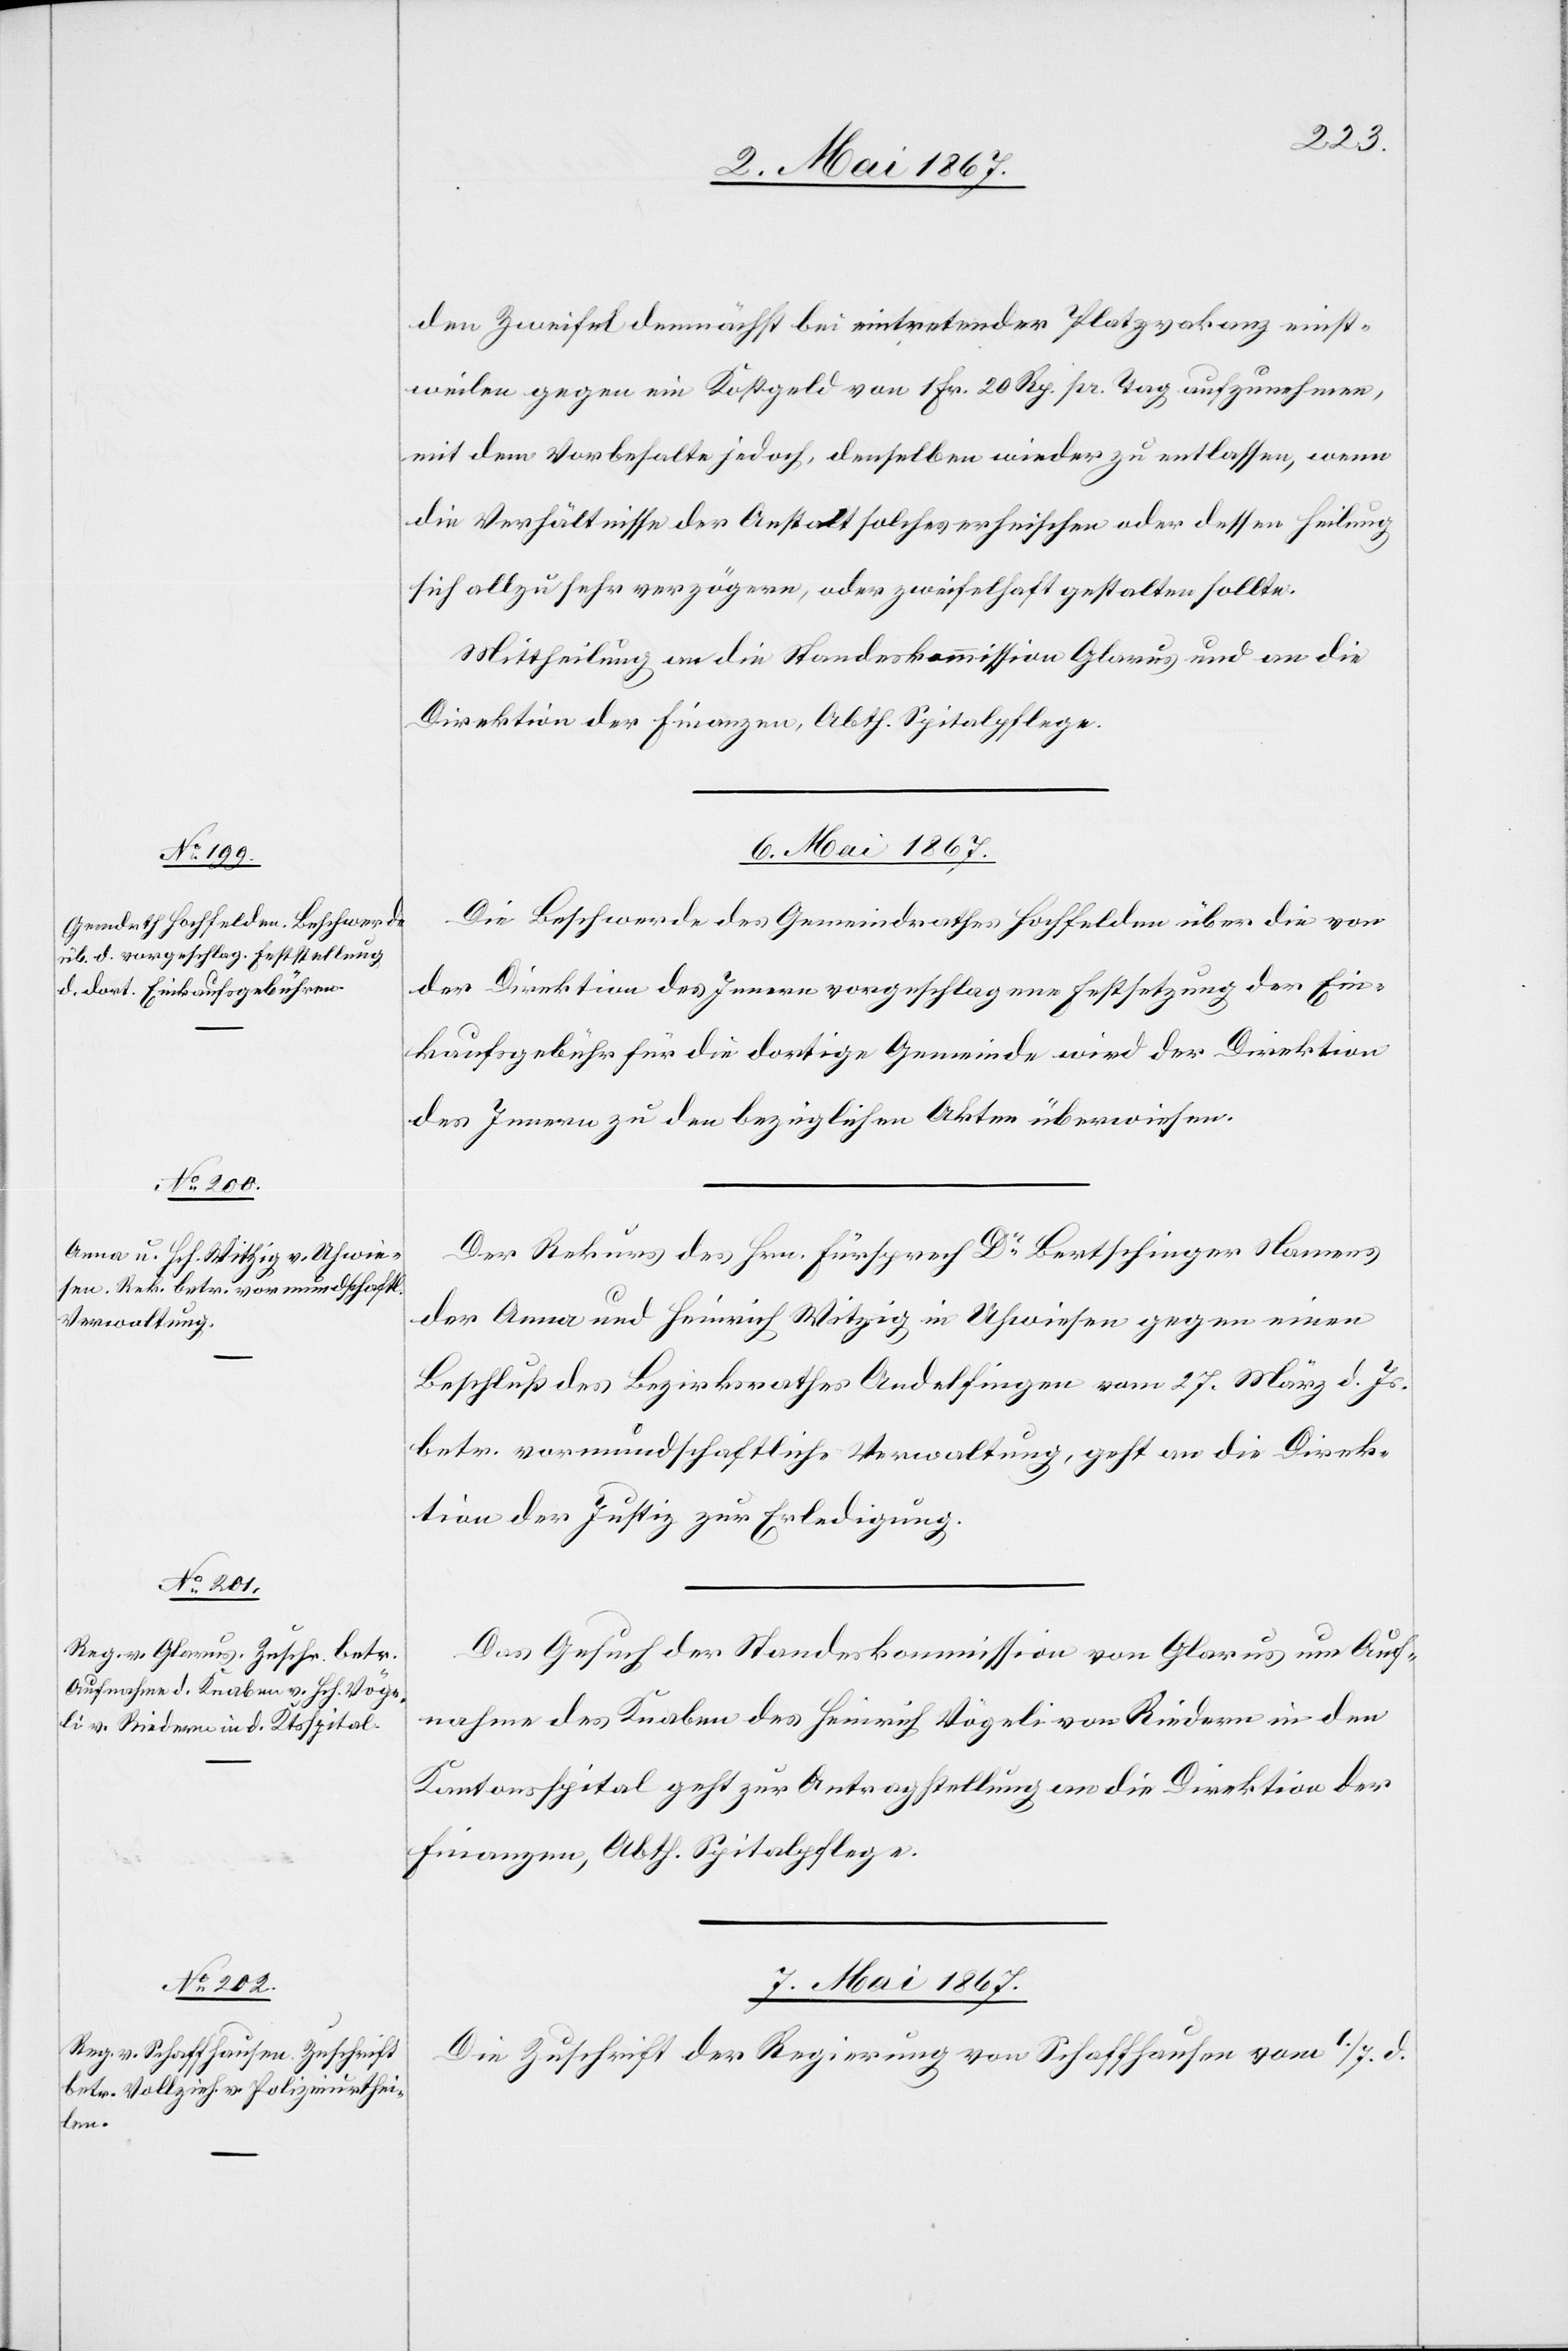
den Zweifel demnächst bei eintretender Platzvakanz einst¬
weilen gegen ein Kostgeld von 1 Fr. 20 Rp. pr. Tag aufzunehmen,
mit dem Vorbehalte jedoch, denselben wieder zu entlassen, wenn
die Verhältnisse der Anstalt solches erheischen oder dessen Heilung
sich allzu sehr verzögere, oder zweifelhaft gestalten sollte.
Mittheilung an die Standeskommission Glarus und an die
Direktion der Finanzen, Abth. Spitalpflege.
6. Mai 1867.]
Die Beschwerde des Gemeindrathes Hochfelden über die von
der Direktion des Innern vorgeschlagene Festsetzung der Ein¬
kaufsgebühr für die dortige Gemeinde wird der Direktion
des Innern zu den bezüglichen Akten überwiesen.
Der Rekurs des Hrn. Fürsprech Dr. Bertschinger Namens
der Anna und Heinrich Witzig in Uhwiesen gegen einen
Beschluß des Bezirksrathes Andelfingen vom 27. März d. Js.
betr. vormundschaftliche Verwaltung, geht an die Direk¬
tion der Justiz zur Erledigung.
Das Gesuch der Standeskommission von Glarus um Auf¬
nahme des Knaben des Heinrich Vögeli von Riedern in den
Kantonsspital geht zur Antragstellung an die Direktion der
Finanzen, Abth. Spitalpflege.
7. Mai 1867.
Die Zuschrift der Regierung von Schaffhausen vom 1. / 7. d.